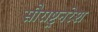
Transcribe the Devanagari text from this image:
सौराष्ट्रनरेश